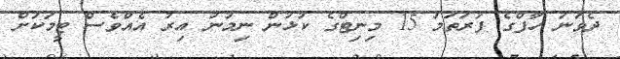
ދެވަނަ ހާފްގެ ފުރަތަމަ 15 މިނިޓްގެ ކުޅުން ނިމުނު އިރު އެއްވެސް ޓީމަކަށް